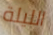
الليلة